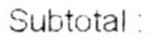
SUBTOTAL: